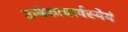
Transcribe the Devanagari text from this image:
उम्बेकाचार्यस्येयं